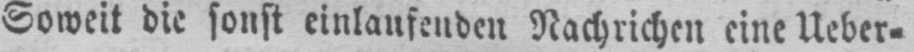
Soweit die sonst einlaufenden Nachrichten eine Ueber⸗